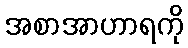
အစာအာဟာရကို